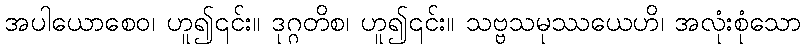
အပါယောစေဝ၊ ဟူ၍၎င်း။ ဒုဂ္ဂတိစ၊ ဟူ၍၎င်း။ သဗ္ဗသမုဿယေဟိ၊ အလုံးစုံသော